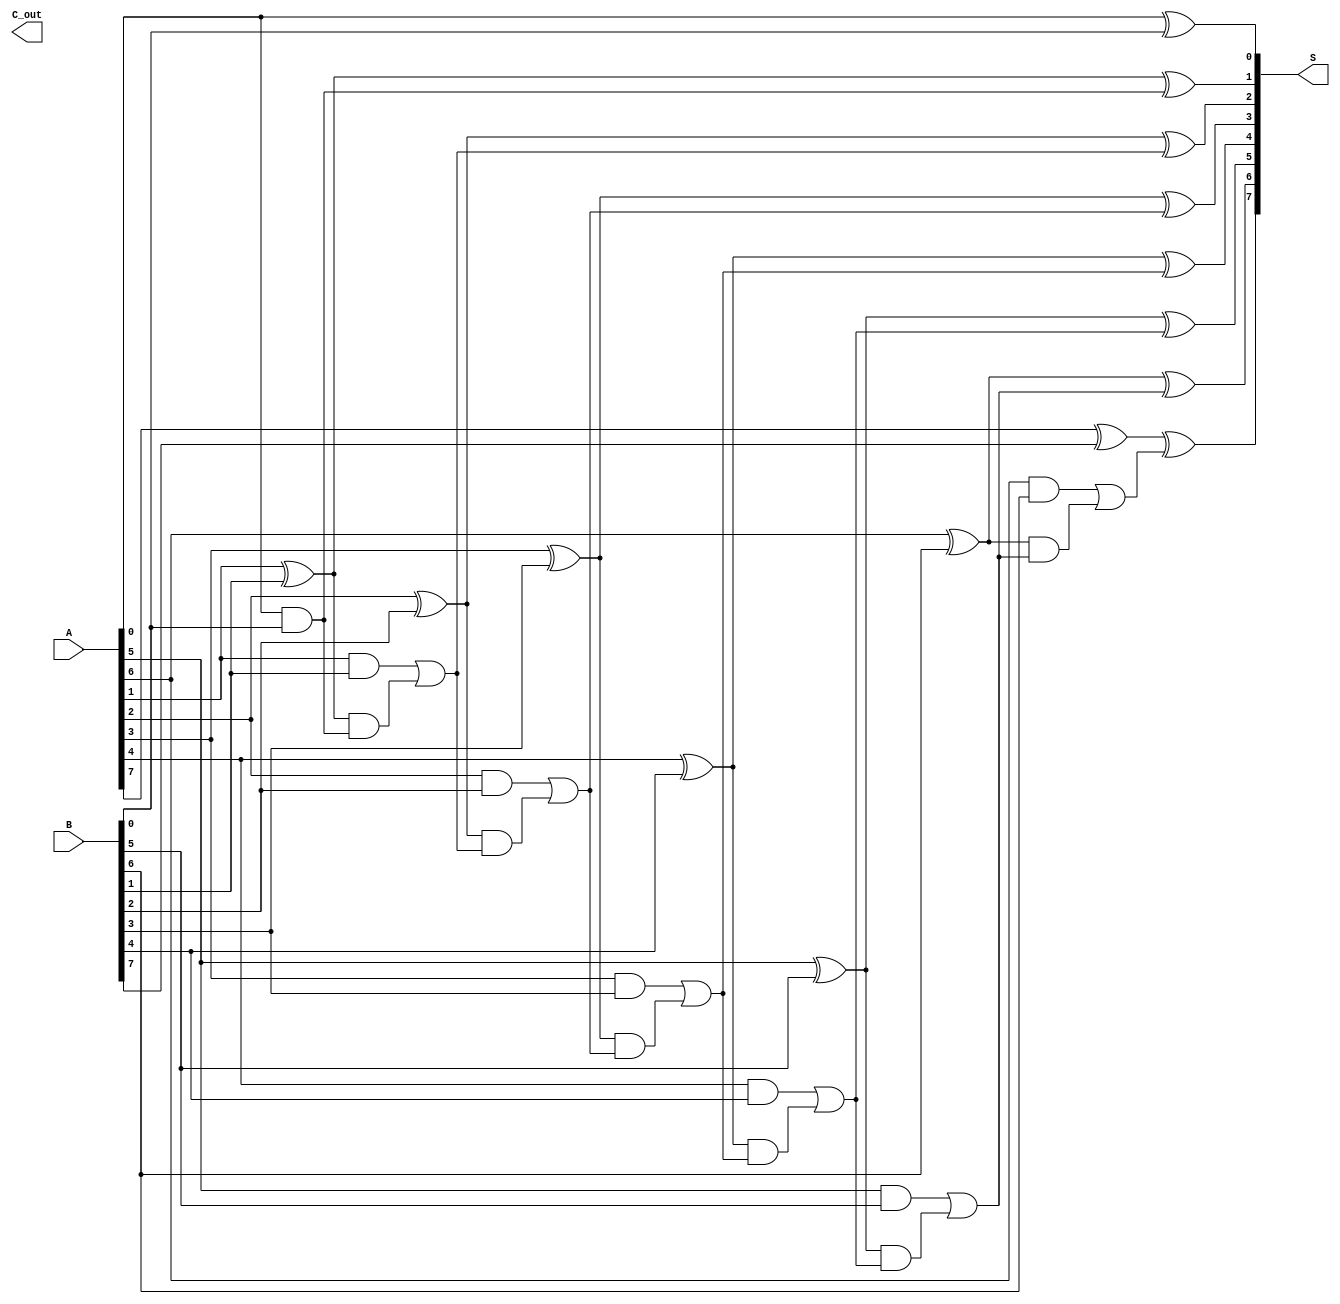
module kogge_stone_adder #(parameter N = 8) (
    input  [N-1:0] A,      // First operand
    input  [N-1:0] B,      // Second operand
    output [N-1:0] S,      // Sum output
    output        C_out     // Carry out
);

    // Generate and Propagate signals
    wire [N-1:0] G; // Generate signals
    wire [N-1:0] P; // Propagate signals
    wire [N:0] C;    // Carry signals

    // Generate and Propagate computation
    genvar i;
    generate
        for (i = 0; i < N; i = i + 1) begin: gp
            assign G[i] = A[i] & B[i]; // Generate
            assign P[i] = A[i] ^ B[i]; // Propagate
        end
    endgenerate

    // Initial carry
    assign C[0] = 1'b0; // C0 = 0

    // Prefix computation
    generate
        for (i = 1; i < N; i = i + 1) begin: prefix
            assign C[i] = G[i-1] | (P[i-1] & C[i-1]);
        end
    endgenerate

    // Carry out
    assign C_out = C[N];

    // Sum computation
    generate
        for (i = 0; i < N; i = i + 1) begin: sum
            assign S[i] = P[i] ^ C[i]; // Sum
        end
    endgenerate

endmodule